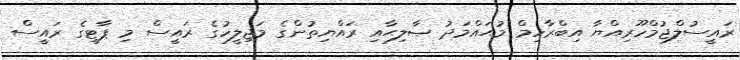
ރައީސުލްޖުމްހޫރިއްޔާ އިބްރާހިމް މުޙައްމަދު ޞާލިޙާއި ރައްޔިތުންގެ މަޖިލީހުގެ ރައީސް މި ޕާޓީގެ ރައީސް